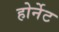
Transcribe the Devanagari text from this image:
होर्नेट